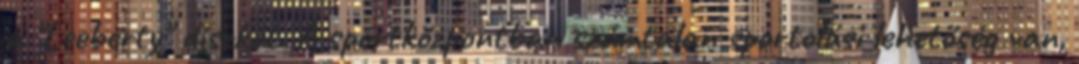
a "Leeberty" diszkót. A sportközpontban számtalan sportolási lehetőség van,